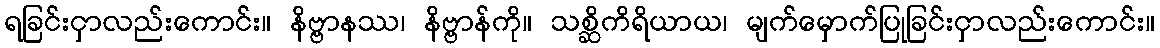
ရခြင်းငှာလည်းကောင်း။ နိဗ္ဗာနဿ၊ နိဗ္ဗာန်ကို။ သစ္ဆိကိရိယာယ၊ မျက်မှောက်ပြုခြင်းငှာလည်းကောင်း။